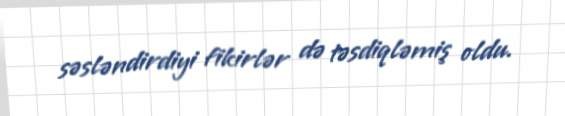
səsləndirdiyi fikirlər də təsdiqləmiş oldu.